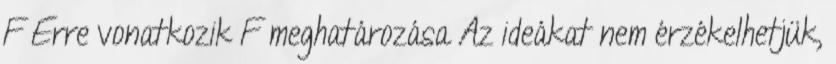
F Erre vonatkozik F meghatározása Az ideákat nem érzékelhetjük,